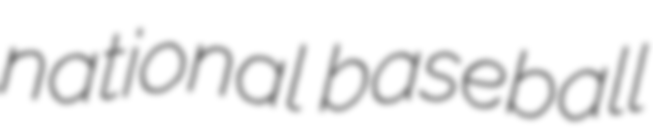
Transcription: national baseball